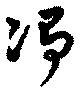
浄